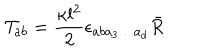
LaTeX: { \cal T } _ { a b } = \frac { \kappa l ^ { 2 } } { 2 } \epsilon _ { a b a _ { 3 } \ldots a _ { d } } \bar { R }